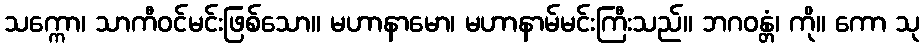
သက္ကော၊ သာကီဝင်မင်းဖြစ်သော။ မဟာနာမော၊ မဟာနာမ်မင်းကြီးသည်။ ဘဂဝန္တံ၊ ကို။ ကော သု